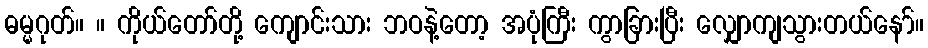
ဓမ္မဂုတ်။ ။ ကိုယ်တော်တို့ ကျောင်းသား ဘဝနဲ့တော့ အပုံကြီး ကွာခြားပြီး လျှောကျသွားတယ်နော်။